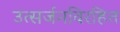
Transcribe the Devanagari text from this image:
उत्सर्जनविरहित